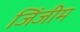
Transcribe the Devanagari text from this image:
जिंजीम